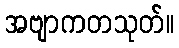
အဗျာကတသုတ်။